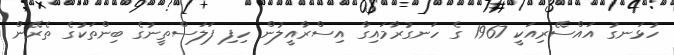
ހުޅަނގު އައްސޭރިއަކީ 1967 ގެ ހަނގުރާމައިގާ އިސްރާއީލުން ހިފި ފަލަސްތީނުގެ ބިންތަކުގެ ތެރޭން